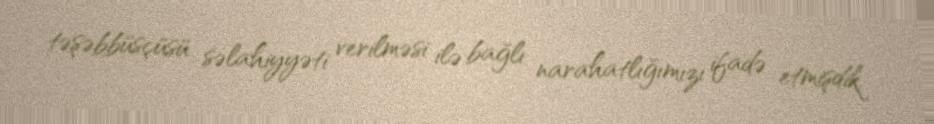
təşəbbüsçüsü səlahiyyəti verilməsi ilə bağlı narahatlığımızı ifadə etmişdik.